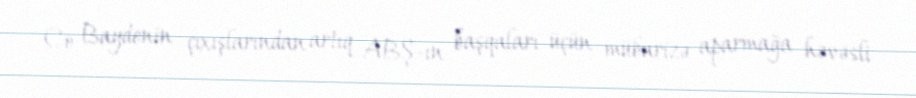
Co Baydenin çıxışlarından artıq ABŞ-ın başqaları üçün mübarizə aparmağa həvəsli